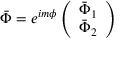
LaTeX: \bar { \Phi } = e ^ { i m \phi } \left( \begin{array} { c } { { \bar { \Phi } _ { 1 } } } \\ { { \bar { \Phi } _ { 2 } } } \end{array} \right)